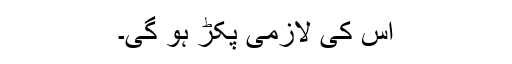
اس کی لازمی پکڑ ہو گی۔